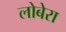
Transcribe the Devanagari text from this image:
लोबेरा